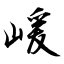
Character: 嵈